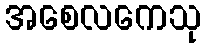
အစေလကေသု